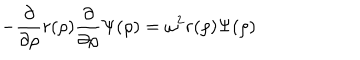
- \frac { \partial } { \partial \rho } r ( \rho ) \frac { \partial } { \partial \rho } \Psi ( \rho ) = \omega ^ { 2 } r ( \rho ) \Psi ( \rho )